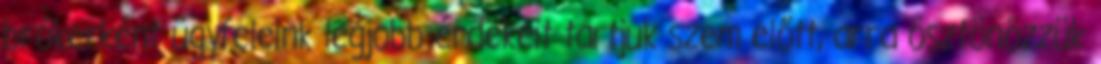
brókerként ügyfeleink legjobb érdekeit tartjuk szem előtt, arra ösztönözzük